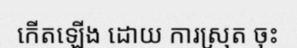
កើតឡើង ដោយ ការស្រុត ចុះ